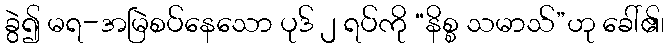
ခွဲ၍ မရ-အမြဲစပ်နေသော ပုဒ် ၂ ရပ်ကို “နိစ္စ သမာသ်”ဟု ခေါ်၏၊